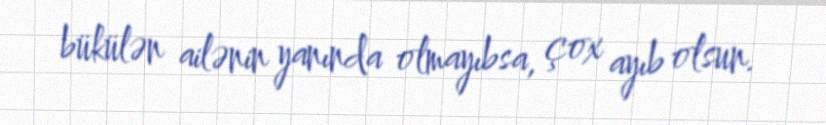
bükülən ailənin yanında olmayıbsa, çox ayıb olsun.